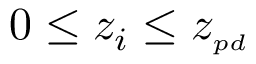
0 \le z _ { i } \le z _ { { \scriptscriptstyle p d } }